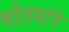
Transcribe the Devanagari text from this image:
भोतमांगे